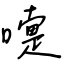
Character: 嚏